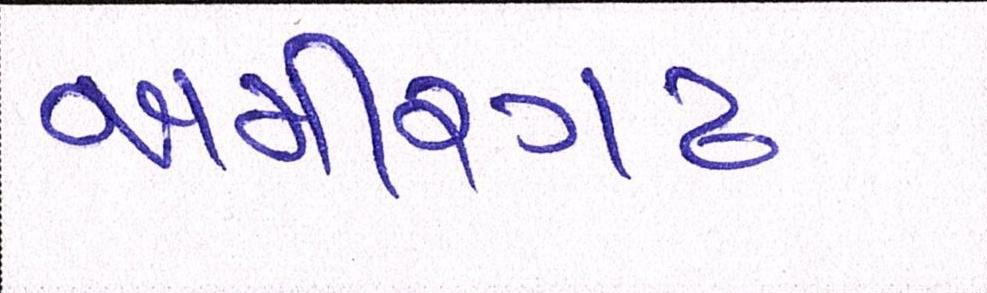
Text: અમીરગઢ